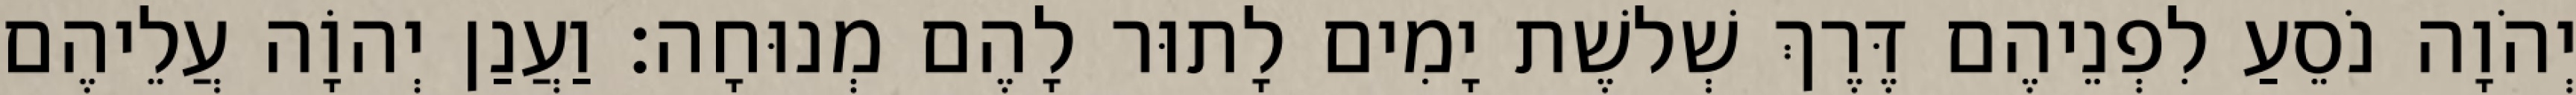
יְהֹוָה נֹסֵעַ לִפְנֵיהֶם דֶּרֶךְ שְׁלשֶׁת יָמִים לָתוּר לָהֶם מְנוּחָה׃ וַעֲנַן יְהוָֹה עֲלֵיהֶם